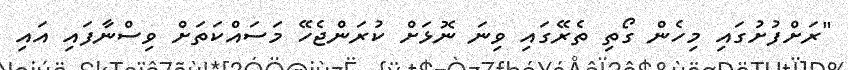
"ރަށްފުށުގައި މިހެން ގޯތި ތެރޭގައި ވިނަ ނޮޅަށް ކުރަންޖެހޭ މަސައްކަތަށް ވިސްނާފައި އައި